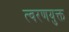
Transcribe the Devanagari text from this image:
त्वरणयुक्त